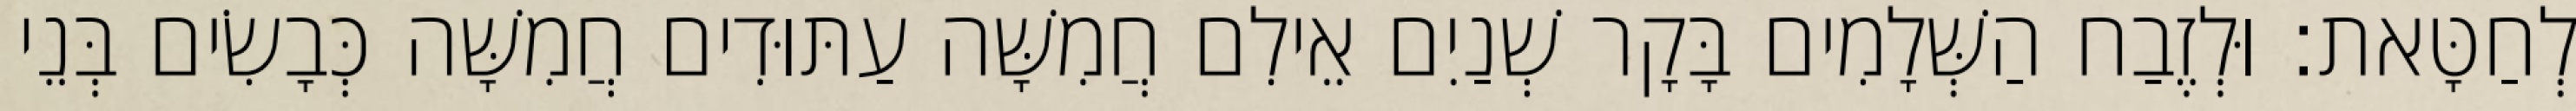
לְחַטָּאת׃ וּלְזֶבַח הַשְּׁלָמִים בָּקָר שְׁנַיִם אֵילִם חֲמִשָּׁה עַתּוּדִים חֲמִשָּׁה כְּבָשִׂים בְּנֵי